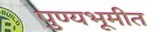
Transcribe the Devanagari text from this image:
पुण्यभूमीत